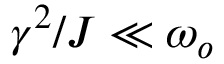
\gamma ^ { 2 } / J \ll \omega _ { o }